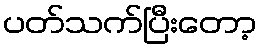
ပတ်သက်ပြီးတော့